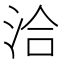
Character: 洽